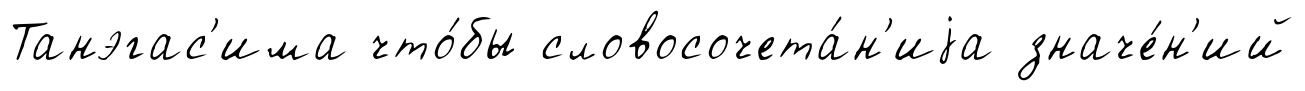
Танэгас'има что́бы словосочета́н'иjа значе́н'ий